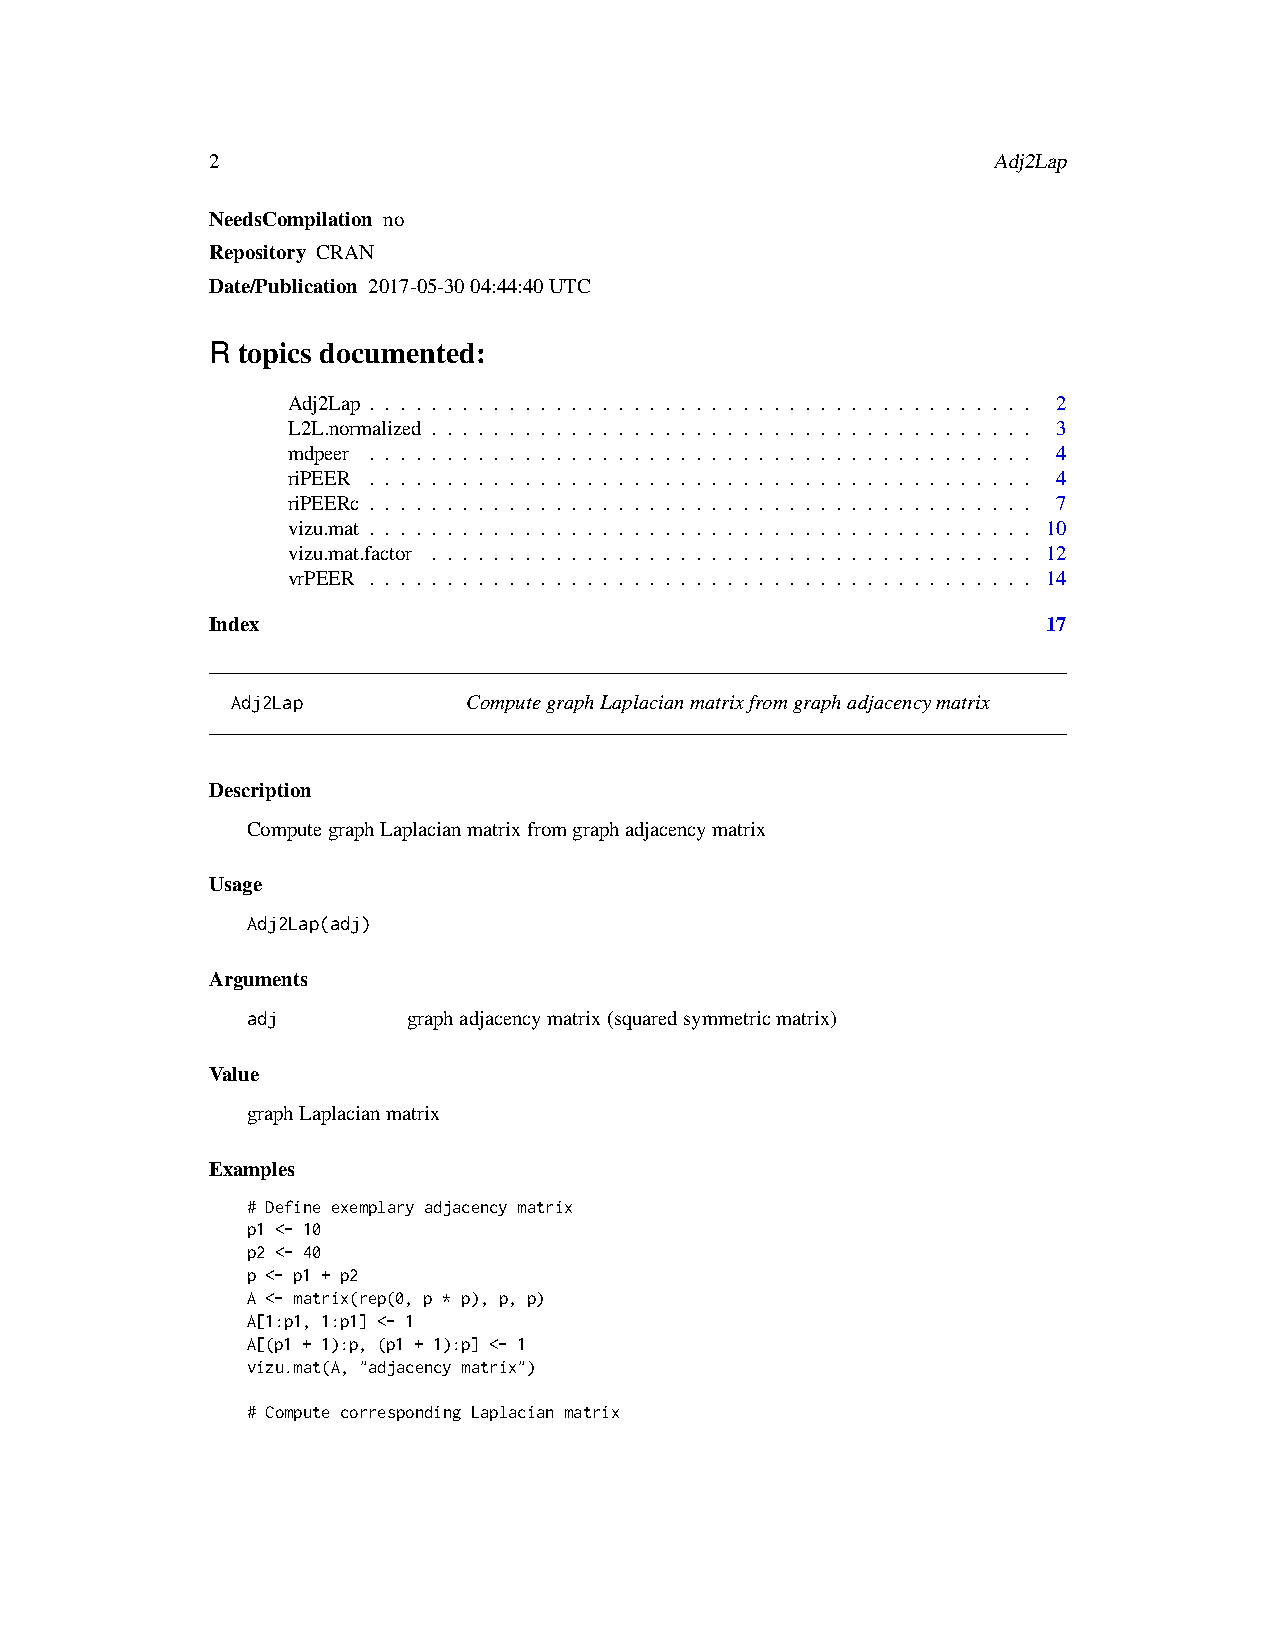
2                                                   Adj2Lap
 NeedsCompilation no
 Repository CRAN
 Date/Publication 2017-05-3004:44:40UTC
 R topics documented:
 Adj2Lap . . . . . . . . . . . . . . . . . . . . . . . . . . . . . . . . . . . . . . . . . . . 2
 L2L.normalized . . . . . . . . . . . . . . . . . . . . . . . . . . . . . . . . . . . . . . . 3
 mdpeer . . . . . . . . . . . . . . . . . . . . . . . . . . . . . . . . . . . . . . . . . . . 4
 riPEER . . . . . . . . . . . . . . . . . . . . . . . . . . . . . . . . . . . . . . . . . . . 4
 riPEERc . . . . . . . . . . . . . . . . . . . . . . . . . . . . . . . . . . . . . . . . . . . 7
 vizu.mat . . . . . . . . . . . . . . . . . . . . . . . . . . . . . . . . . . . . . . . . . . . 10
 vizu.mat.factor . . . . . . . . . . . . . . . . . . . . . . . . . . . . . . . . . . . . . . . 12
 vrPEER . . . . . . . . . . . . . . . . . . . . . . . . . . . . . . . . . . . . . . . . . . . 14
 Index                                                  17
 Adj2Lap         ComputegraphLaplacianmatrixfromgraphadjacencymatrix
 Description
 ComputegraphLaplacianmatrixfromgraphadjacencymatrix
 Usage
 Adj2Lap(adj)
 Arguments
 adj        graphadjacencymatrix(squaredsymmetricmatrix)
 Value
 graphLaplacianmatrix
 Examples
 # Define exemplary adjacency matrix
 p1 <- 10
 p2 <- 40
 p <- p1 + p2
 A <- matrix(rep(0, p * p), p, p)
 A[1:p1, 1:p1] <- 1
 A[(p1 + 1):p, (p1 + 1):p] <- 1
 vizu.mat(A, "adjacency matrix")
 # Compute corresponding Laplacian matrix